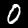
Label: 0